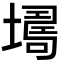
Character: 𡑏